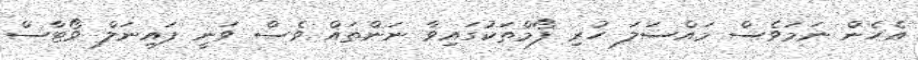
އެހެން ނަމަވެސް މައްސަލަ ހުރި ފޯމްތަކުގައިވާ ނަންތައް ވެސް ވަނީ ފައިނަލް ވޯޓާސް